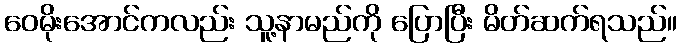
ဝေမိုးအောင်ကလည်း သူ့နာမည်ကို ပြောပြီး မိတ်ဆက်ရသည်။